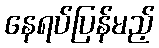
နေရပ်ပြန်မည့်